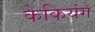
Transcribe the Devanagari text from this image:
केकियंग